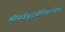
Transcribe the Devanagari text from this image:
श्रीसर्वबुद्धबोधिसत्त्वेभ्यः